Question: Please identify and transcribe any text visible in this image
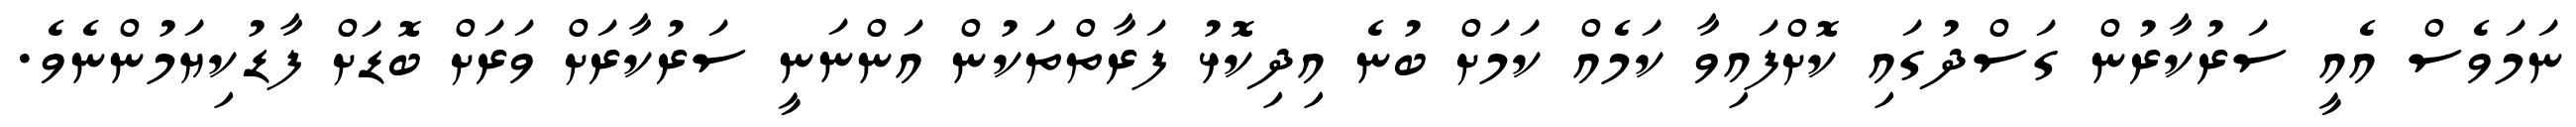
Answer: ނަމަވެސް އެއީ ސަރުކާރުން ގަސްދުގައި ކޮށްފައިވާ ކަމެއް ކަމަށް ބުނެ އިދިކޮޅު ފަރާތްތަކުން އަންނަނީ ސަރުކާރަށް ވަރަށް ބޮޑަށް ފާޑުކިޔަމުންނެވެ.